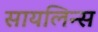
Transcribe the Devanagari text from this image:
सायलिन्स